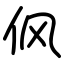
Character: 㐽